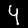
Digit: 4